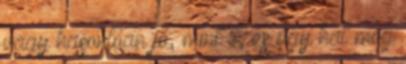
vagy hasonlóan jó, mint ő, és úgy hal meg